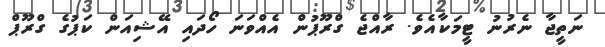
ނަތީޖާ ނެރުނު ޓީމަކާއެވެ. ރާއްޖެ ގްރޫޕުން އެއްވަނަ ހޯދައި އޭޝިއަން ކަޕުގެ ގްރޫޕް